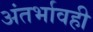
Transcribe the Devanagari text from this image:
अंतर्भावही